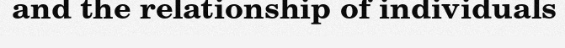
and the relationship of individuals